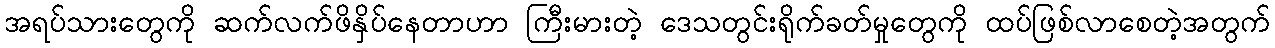
အရပ်သားတွေကို ဆက်လက်ဖိနှိပ်နေတာဟာ ကြီးမားတဲ့ ဒေသတွင်းရိုက်ခတ်မှုတွေကို ထပ်ဖြစ်လာစေတဲ့အတွက်